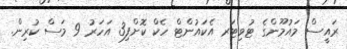
ރައީސް މައުމޫންގެ ޓުވިޓަރ އެކައުންޓް ހެކް ކޮށްފި3 އަހަރު 9 މަސް ކުރިން.